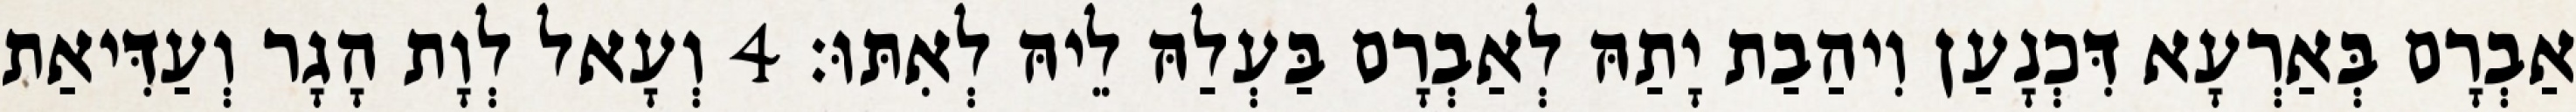
אַבְרָם בְּאַרְעָא דִּכְנָעַן וִיהַבַת יָתַהּ לְאַבְרָם בַּעְלַהּ לֵיהּ לְאִתּוּ׃ 4 וְעָאל לְוָת הָגָר וְעַדִּיאַת